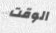
الوقت